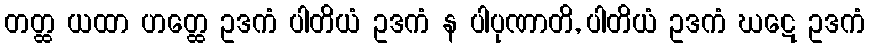
တတ္ထ ယထာ ဟတ္ထေ ဥဒကံ ပါတိယံ ဥဒကံ န ပါပုဏာတိ, ပါတိယံ ဥဒကံ ဃဋေ ဥဒကံ